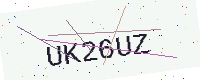
Text: UK26UZ